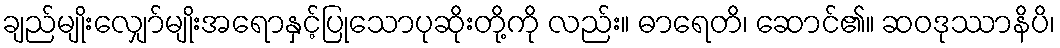
ချည်မျိုးလျှော်မျိုးအရောနှင့်ပြုသောပုဆိုးတို့ကို လည်း။ ဓာရေတိ၊ ဆောင်၏။ ဆဝဒုဿာနိပိ၊